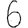
Digit: 6